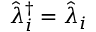
\hat { \lambda } _ { i } ^ { \dagger } = \hat { \lambda } _ { i }